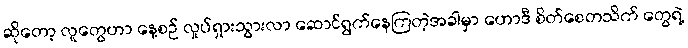
ဆိုတော့ လူတွေဟာ နေ့စဉ် လှုပ်ရှားသွားလာ ဆောင်ရွက်နေကြတဲ့အခါမှာ ဟောဒီ စိတ်စေတသိက် တွေရဲ့